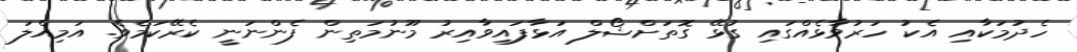
ހެދުމަކާއި އެކު ހަރުވާޅެއްގައި ގުޅޭ ގޮތަށްޝޯލް އަޅާފައިވާއިރު މޫނުމަތިން ފެންނަނީ ކެރޭކަމެވެ. އަމިއްލަ